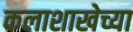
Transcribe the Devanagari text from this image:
कलाशाखेच्या